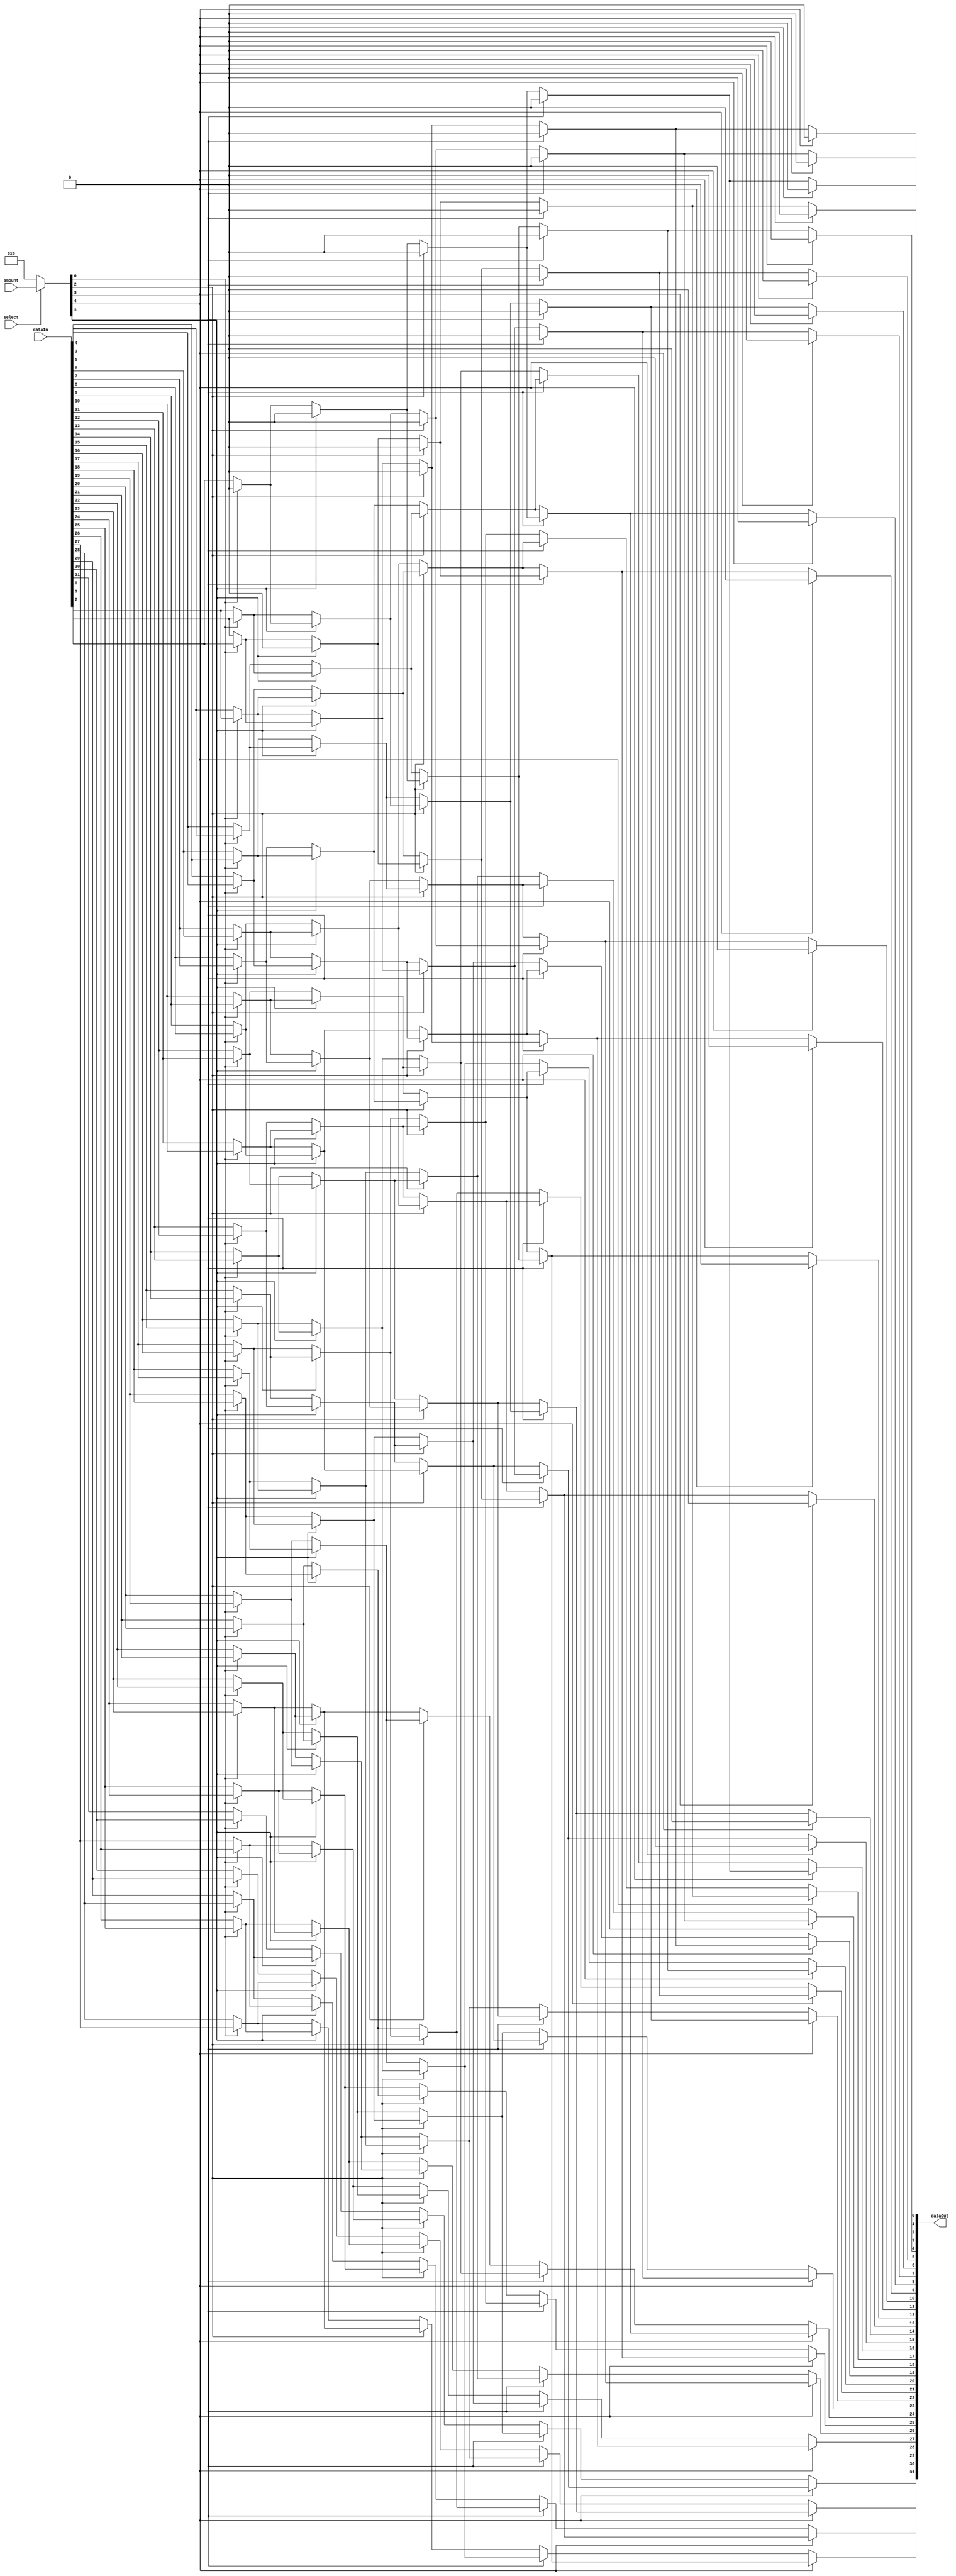
module shifter(input [31:0] dataIn, input [4:0] amount, input select, output [31:0] dataOut);
    wire[4:0] shift;
    assign shift = select ? amount : 5'b00000;
    wire [31:0] stage0, stage1, stage2, stage3, stage4;

    assign stage0[0]  = shift[0] ? 1'b0       : dataIn[0];
    assign stage0[1]  = shift[0] ? dataIn[0]  : dataIn[1];
    assign stage0[2]  = shift[0] ? dataIn[1]  : dataIn[2];
    assign stage0[3]  = shift[0] ? dataIn[2]  : dataIn[3];
    assign stage0[4]  = shift[0] ? dataIn[3]  : dataIn[4];
    assign stage0[5]  = shift[0] ? dataIn[4]  : dataIn[5];
    assign stage0[6]  = shift[0] ? dataIn[5]  : dataIn[6];
    assign stage0[7]  = shift[0] ? dataIn[6]  : dataIn[7];
    assign stage0[8]  = shift[0] ? dataIn[7]  : dataIn[8];
    assign stage0[9]  = shift[0] ? dataIn[8]  : dataIn[9];
    assign stage0[10] = shift[0] ? dataIn[9]  : dataIn[10];
    assign stage0[11] = shift[0] ? dataIn[10] : dataIn[11];
    assign stage0[12] = shift[0] ? dataIn[11] : dataIn[12];
    assign stage0[13] = shift[0] ? dataIn[12] : dataIn[13];
    assign stage0[14] = shift[0] ? dataIn[13] : dataIn[14];
    assign stage0[15] = shift[0] ? dataIn[14] : dataIn[15];
    assign stage0[16] = shift[0] ? dataIn[15] : dataIn[16];
    assign stage0[17] = shift[0] ? dataIn[16] : dataIn[17];
    assign stage0[18] = shift[0] ? dataIn[17] : dataIn[18];
    assign stage0[19] = shift[0] ? dataIn[18] : dataIn[19];
    assign stage0[20] = shift[0] ? dataIn[19] : dataIn[20];
    assign stage0[21] = shift[0] ? dataIn[20] : dataIn[21];
    assign stage0[22] = shift[0] ? dataIn[21] : dataIn[22];
    assign stage0[23] = shift[0] ? dataIn[22] : dataIn[23];
    assign stage0[24] = shift[0] ? dataIn[23] : dataIn[24];
    assign stage0[25] = shift[0] ? dataIn[24] : dataIn[25];
    assign stage0[26] = shift[0] ? dataIn[25] : dataIn[26];
    assign stage0[27] = shift[0] ? dataIn[26] : dataIn[27];
    assign stage0[28] = shift[0] ? dataIn[27] : dataIn[28];
    assign stage0[29] = shift[0] ? dataIn[28] : dataIn[29];
    assign stage0[30] = shift[0] ? dataIn[29] : dataIn[30];
    assign stage0[31] = shift[0] ? dataIn[30] : dataIn[31];


    assign stage1[0]  = shift[1] ? 1'b0       : stage0[0];
    assign stage1[1]  = shift[1] ? 1'b0       : stage0[1];
    assign stage1[2]  = shift[1] ? stage0[0]  : stage0[2];
    assign stage1[3]  = shift[1] ? stage0[1]  : stage0[3];
    assign stage1[4]  = shift[1] ? stage0[2]  : stage0[4];
    assign stage1[5]  = shift[1] ? stage0[3]  : stage0[5];
    assign stage1[6]  = shift[1] ? stage0[4]  : stage0[6];
    assign stage1[7]  = shift[1] ? stage0[5]  : stage0[7];
    assign stage1[8]  = shift[1] ? stage0[6]  : stage0[8];
    assign stage1[9]  = shift[1] ? stage0[7]  : stage0[9];
    assign stage1[10] = shift[1] ? stage0[8]  : stage0[10];
    assign stage1[11] = shift[1] ? stage0[9]  : stage0[11];
    assign stage1[12] = shift[1] ? stage0[10] : stage0[12];
    assign stage1[13] = shift[1] ? stage0[11] : stage0[13];
    assign stage1[14] = shift[1] ? stage0[12] : stage0[14];
    assign stage1[15] = shift[1] ? stage0[13] : stage0[15];
    assign stage1[16] = shift[1] ? stage0[14] : stage0[16];
    assign stage1[17] = shift[1] ? stage0[15] : stage0[17];
    assign stage1[18] = shift[1] ? stage0[16] : stage0[18];
    assign stage1[19] = shift[1] ? stage0[17] : stage0[19];
    assign stage1[20] = shift[1] ? stage0[18] : stage0[20];
    assign stage1[21] = shift[1] ? stage0[19] : stage0[21];
    assign stage1[22] = shift[1] ? stage0[20] : stage0[22];
    assign stage1[23] = shift[1] ? stage0[21] : stage0[23];
    assign stage1[24] = shift[1] ? stage0[22] : stage0[24];
    assign stage1[25] = shift[1] ? stage0[23] : stage0[25];
    assign stage1[26] = shift[1] ? stage0[24] : stage0[26];
    assign stage1[27] = shift[1] ? stage0[25] : stage0[27];
    assign stage1[28] = shift[1] ? stage0[26] : stage0[28];
    assign stage1[29] = shift[1] ? stage0[27] : stage0[29];
    assign stage1[30] = shift[1] ? stage0[28] : stage0[30];
    assign stage1[31] = shift[1] ? stage0[29] : stage0[31];


    assign stage2[0]  = shift[2] ? 1'b0 : stage1[0];
    assign stage2[1]  = shift[2] ? 1'b0 : stage1[1];
    assign stage2[2]  = shift[2] ? 1'b0 : stage1[2];
    assign stage2[3]  = shift[2] ? 1'b0 : stage1[3];
    assign stage2[4]  = shift[2] ? stage1[0] : stage1[4];
    assign stage2[5]  = shift[2] ? stage1[1] : stage1[5];
    assign stage2[6]  = shift[2] ? stage1[2] : stage1[6];
    assign stage2[7]  = shift[2] ? stage1[3] : stage1[7];
    assign stage2[8]  = shift[2] ? stage1[4] : stage1[8];
    assign stage2[9]  = shift[2] ? stage1[5] : stage1[9];
    assign stage2[10] = shift[2] ? stage1[6] : stage1[10];
    assign stage2[11] = shift[2] ? stage1[7] : stage1[11];
    assign stage2[12] = shift[2] ? stage1[8] : stage1[12];
    assign stage2[13] = shift[2] ? stage1[9] : stage1[13];
    assign stage2[14] = shift[2] ? stage1[10] : stage1[14];
    assign stage2[15] = shift[2] ? stage1[11] : stage1[15];
    assign stage2[16] = shift[2] ? stage1[12] : stage1[16];
    assign stage2[17] = shift[2] ? stage1[13] : stage1[17];
    assign stage2[18] = shift[2] ? stage1[14] : stage1[18];
    assign stage2[19] = shift[2] ? stage1[15] : stage1[19];
    assign stage2[20] = shift[2] ? stage1[16] : stage1[20];
    assign stage2[21] = shift[2] ? stage1[17] : stage1[21];
    assign stage2[22] = shift[2] ? stage1[18] : stage1[22];
    assign stage2[23] = shift[2] ? stage1[19] : stage1[23];
    assign stage2[24] = shift[2] ? stage1[20] : stage1[24];
    assign stage2[25] = shift[2] ? stage1[21] : stage1[25];
    assign stage2[26] = shift[2] ? stage1[22] : stage1[26];
    assign stage2[27] = shift[2] ? stage1[23] : stage1[27];
    assign stage2[28] = shift[2] ? stage1[24] : stage1[28];
    assign stage2[29] = shift[2] ? stage1[25] : stage1[29];
    assign stage2[30] = shift[2] ? stage1[26] : stage1[30];
    assign stage2[31] = shift[2] ? stage1[27] : stage1[31];


    assign stage3[0]  = shift[3] ? 1'b0 : stage2[0];
    assign stage3[1]  = shift[3] ? 1'b0 : stage2[1];
    assign stage3[2]  = shift[3] ? 1'b0 : stage2[2];
    assign stage3[3]  = shift[3] ? 1'b0 : stage2[3];
    assign stage3[4]  = shift[3] ? 1'b0 : stage2[4];
    assign stage3[5]  = shift[3] ? 1'b0 : stage2[5];
    assign stage3[6]  = shift[3] ? 1'b0 : stage2[6];
    assign stage3[7]  = shift[3] ? 1'b0 : stage2[7];
    assign stage3[8]  = shift[3] ? stage2[0] : stage2[8];
    assign stage3[9]  = shift[3] ? stage2[1] : stage2[9];
    assign stage3[10] = shift[3] ? stage2[2] : stage2[10];
    assign stage3[11] = shift[3] ? stage2[3] : stage2[11];
    assign stage3[12] = shift[3] ? stage2[4] : stage2[12];
    assign stage3[13] = shift[3] ? stage2[5] : stage2[13];
    assign stage3[14] = shift[3] ? stage2[6] : stage2[14];
    assign stage3[15] = shift[3] ? stage2[7] : stage2[15];
    assign stage3[16] = shift[3] ? stage2[8] : stage2[16];
    assign stage3[17] = shift[3] ? stage2[9] : stage2[17];
    assign stage3[18] = shift[3] ? stage2[10] : stage2[18];
    assign stage3[19] = shift[3] ? stage2[11] : stage2[19];
    assign stage3[20] = shift[3] ? stage2[12] : stage2[20];
    assign stage3[21] = shift[3] ? stage2[13] : stage2[21];
    assign stage3[22] = shift[3] ? stage2[14] : stage2[22];
    assign stage3[23] = shift[3] ? stage2[15] : stage2[23];
    assign stage3[24] = shift[3] ? stage2[16] : stage2[24];
    assign stage3[25] = shift[3] ? stage2[17] : stage2[25];
    assign stage3[26] = shift[3] ? stage2[18] : stage2[26];
    assign stage3[27] = shift[3] ? stage2[19] : stage2[27];
    assign stage3[28] = shift[3] ? stage2[20] : stage2[28];
    assign stage3[29] = shift[3] ? stage2[21] : stage2[29];
    assign stage3[30] = shift[3] ? stage2[22] : stage2[30];
    assign stage3[31] = shift[3] ? stage2[23] : stage2[31];


    assign stage4[0]  = shift[4] ? 1'b0 : stage3[0];
    assign stage4[1]  = shift[4] ? 1'b0 : stage3[1];
    assign stage4[2]  = shift[4] ? 1'b0 : stage3[2];
    assign stage4[3]  = shift[4] ? 1'b0 : stage3[3];
    assign stage4[4]  = shift[4] ? 1'b0 : stage3[4];
    assign stage4[5]  = shift[4] ? 1'b0 : stage3[5];
    assign stage4[6]  = shift[4] ? 1'b0 : stage3[6];
    assign stage4[7]  = shift[4] ? 1'b0 : stage3[7];
    assign stage4[8]  = shift[4] ? 1'b0 : stage3[8];
    assign stage4[9]  = shift[4] ? 1'b0 : stage3[9];
    assign stage4[10] = shift[4] ? 1'b0 : stage3[10];
    assign stage4[11] = shift[4] ? 1'b0 : stage3[11];
    assign stage4[12] = shift[4] ? 1'b0 : stage3[12];
    assign stage4[13] = shift[4] ? 1'b0 : stage3[13];
    assign stage4[14] = shift[4] ? 1'b0 : stage3[14];
    assign stage4[15] = shift[4] ? 1'b0 : stage3[15];
    assign stage4[16] = shift[4] ? stage3[0] : stage3[16];
    assign stage4[17] = shift[4] ? stage3[1] : stage3[17];
    assign stage4[18] = shift[4] ? stage3[2] : stage3[18];
    assign stage4[19] = shift[4] ? stage3[3] : stage3[19];
    assign stage4[20] = shift[4] ? stage3[4] : stage3[20];
    assign stage4[21] = shift[4] ? stage3[5] : stage3[21];
    assign stage4[22] = shift[4] ? stage3[6] : stage3[22];
    assign stage4[23] = shift[4] ? stage3[7] : stage3[23];
    assign stage4[24] = shift[4] ? stage3[8] : stage3[24];
    assign stage4[25] = shift[4] ? stage3[9] : stage3[25];
    assign stage4[26] = shift[4] ? stage3[10] : stage3[26];
    assign stage4[27] = shift[4] ? stage3[11] : stage3[27];
    assign stage4[28] = shift[4] ? stage3[12] : stage3[28];
    assign stage4[29] = shift[4] ? stage3[13] : stage3[29];
    assign stage4[30] = shift[4] ? stage3[14] : stage3[30];
    assign stage4[31] = shift[4] ? stage3[15] : stage3[31];


    assign dataOut = stage4;
endmodule